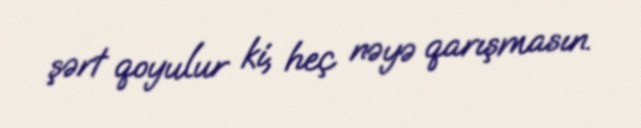
şərt qoyulur ki, heç nəyə qarışmasın.